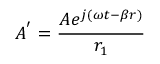
A ^ { ' } = { \frac { A e ^ { j ( \omega t - \beta r ) } } { r _ { 1 } } }